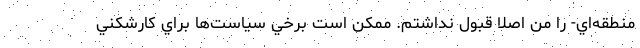
منطقه‌اي- را من اصلا قبول نداشتم. ممكن است برخي سياست‌ها براي كارشكني